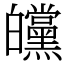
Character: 㿩